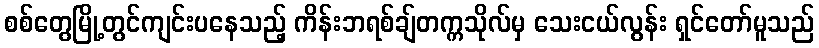
စစ်တွေမြို့တွင်ကျင်းပနေသည့် ကိန်းဘရစ်ချ်တက္ကသိုလ်မှ သေးငယ်လွန်း ရှင်တော်မူသည်